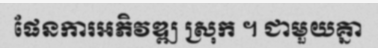
ផែនការអភិវឌ្ឍ ស្រុក ។ ជាមួយគ្នា